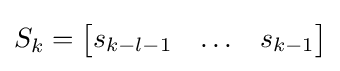
S_{k}={\begin{bmatrix}s_{k-l-1}&\ldots &s_{k-1}\end{bmatrix}}